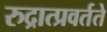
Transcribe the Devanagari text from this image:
रुद्रात्प्रवर्तते